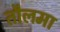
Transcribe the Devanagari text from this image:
तौलमा